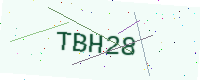
Text: TBH28